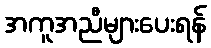
အကူအညီများပေးရန်